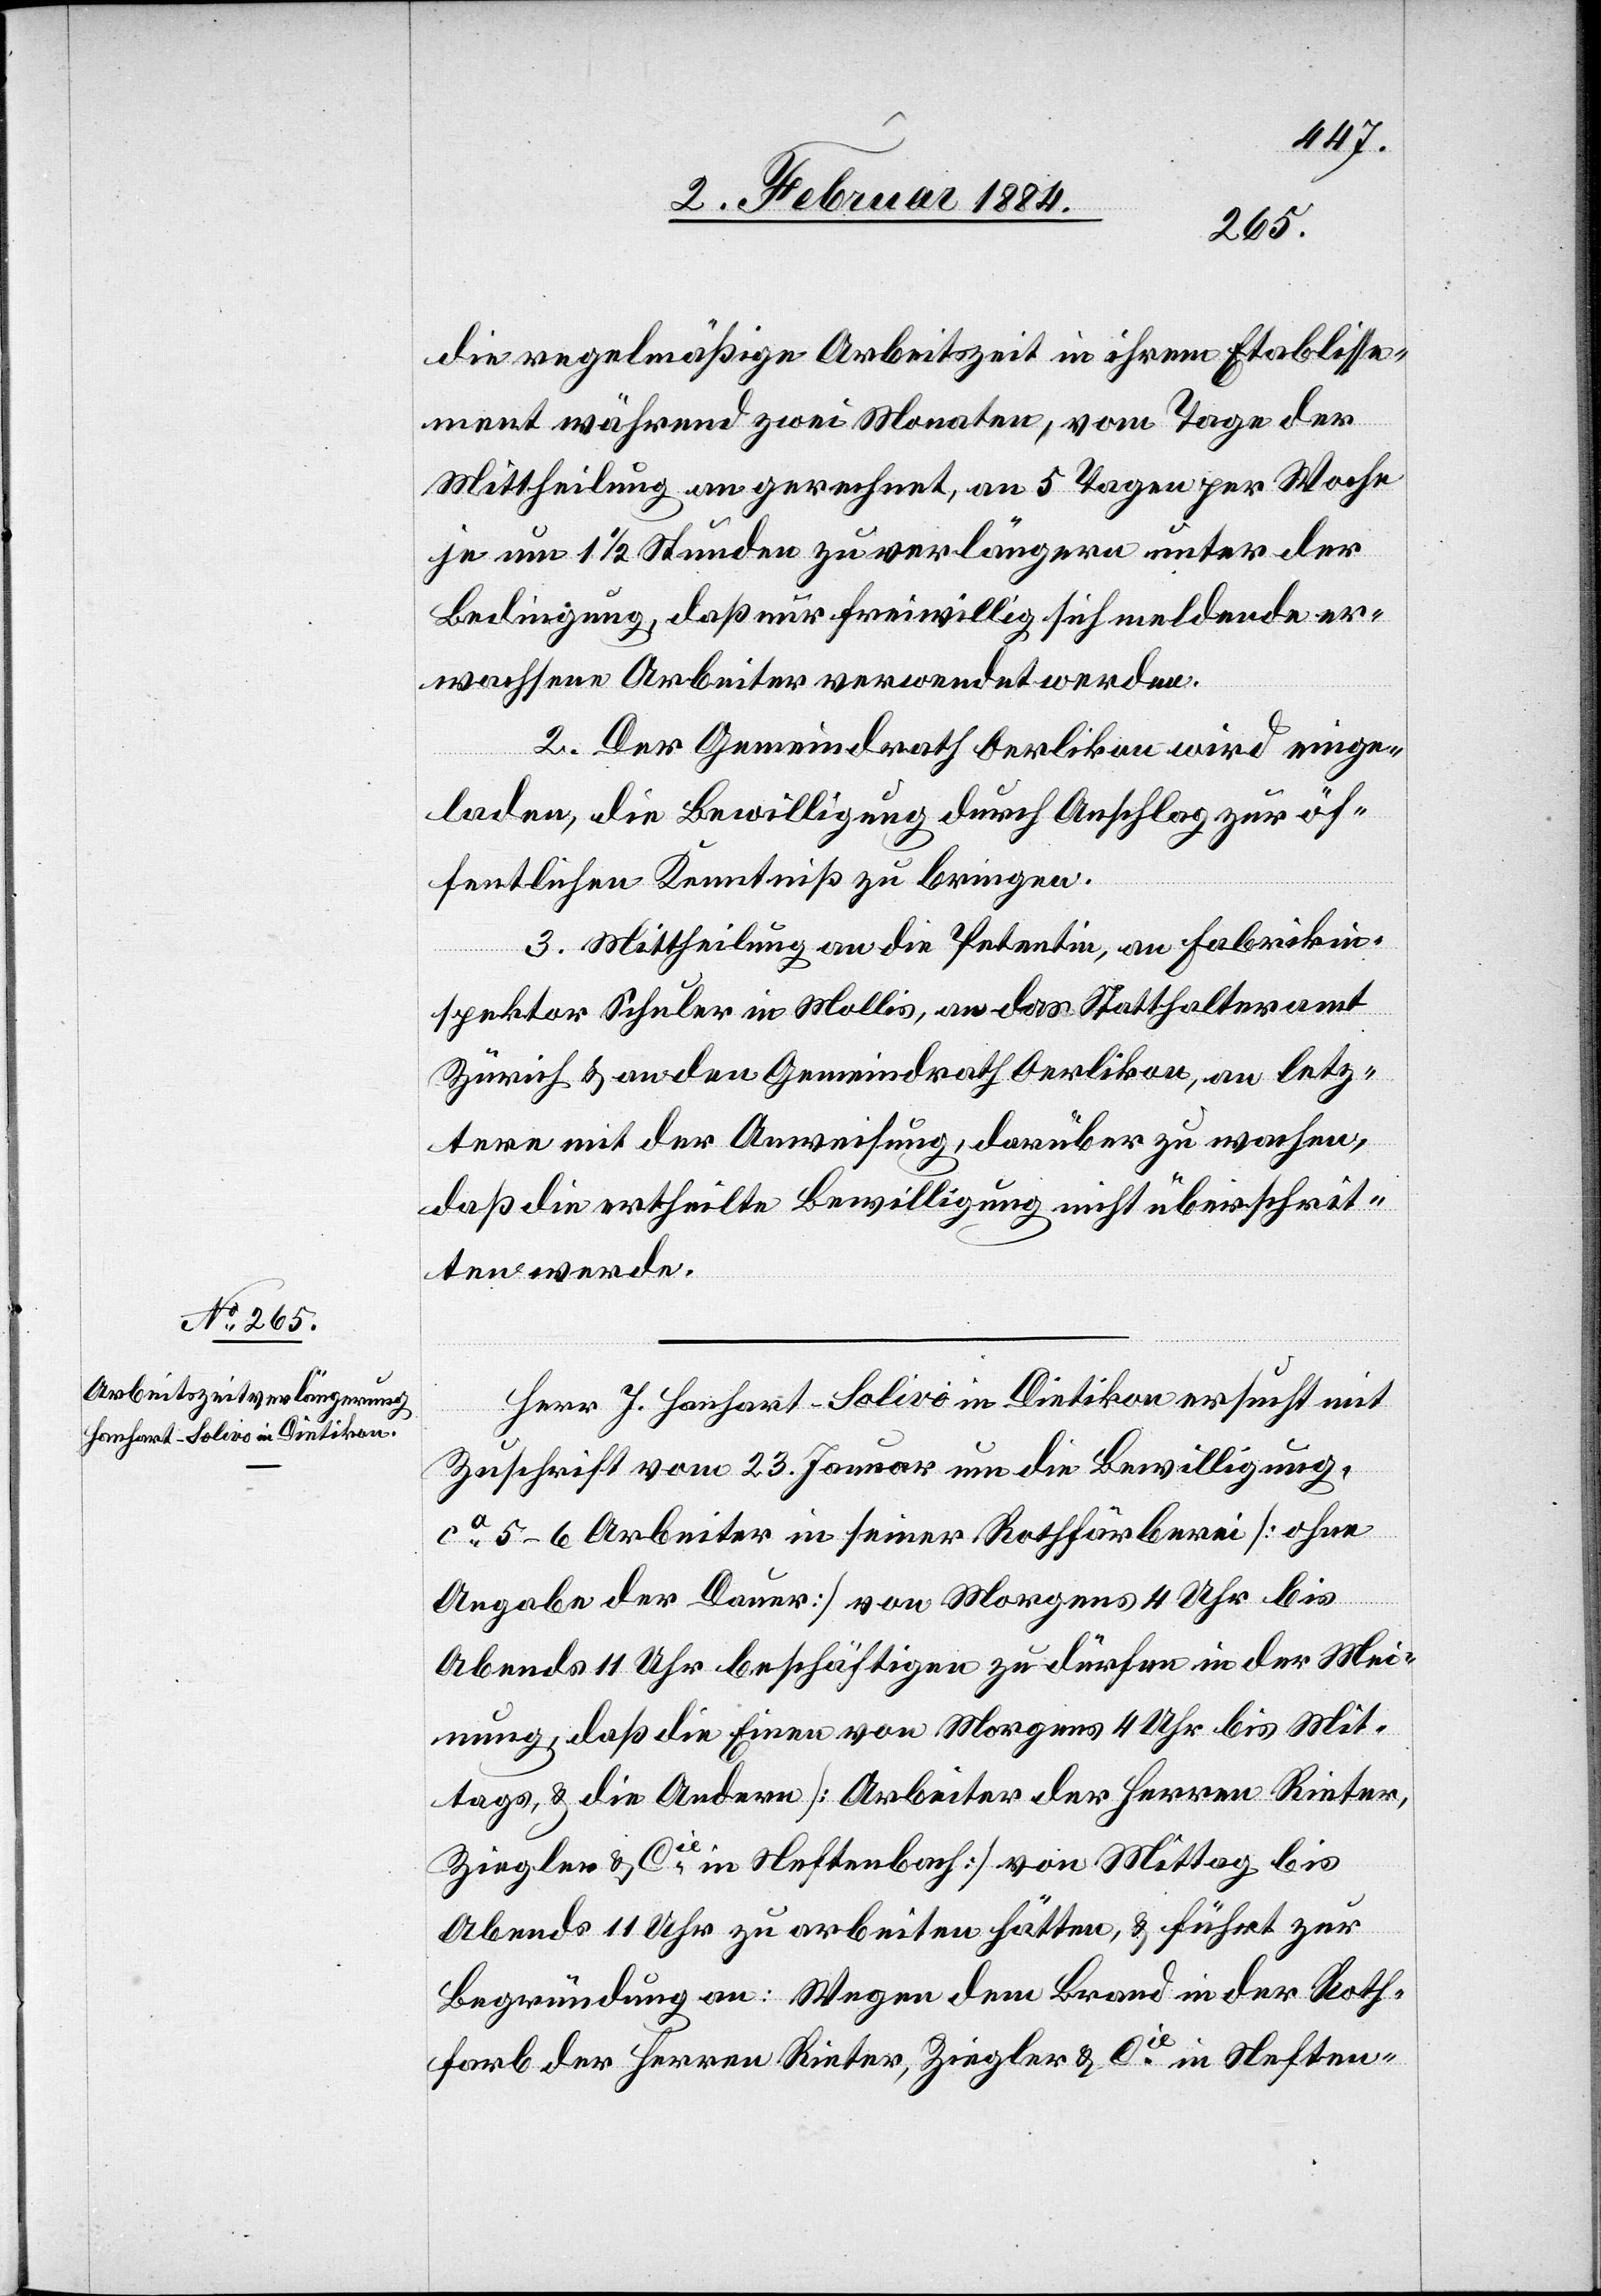
4. Februar 1884.]
die regelmäßige Arbeitszeit in ihrem Etablisse¬
ment während zwei Monaten, vom Tage der
Mittheilung an gerechnet, an 5 Tagen per Woche
je um 1 1/2 Stunden zu verlängern unter der
Bedingung, daß nur freiwillig sich meldende er¬
wachsene Arbeiter verwendet werden.
2. Der Gemeindrath Oerlikon wird einge¬
laden, die Bewilligung durch Anschlag zur öf¬
fentlichen Kenntniß zu bringen.
3. Mittheilung an die Petentin, an Fabrikin¬
spektor Schuler in Mollis, an das Statthalteramt
Zürich & an den Gemeindrath Oerlikon, an letz¬
tere mit der Anweisung, darüber zu wachen,
daß die ertheilte Bewilligung nicht überschrit¬
ten werde.
Herr J. Hanhart-Solivo in Dietikon ersucht mit
Zuschrift vom 23. Januar um die Bewilligung,
ca 5–6 Arbeiter in seiner Rothfärberei [ohne
farb
Angabe der Dauer] von Morgens 4 Uhr bis
Abends 11 Uhr beschäftigen zu dürfen in der Mei¬
nung, daß die Einen von Morgens 4 Uhr bis Mit¬
tags, & die Anderen [Arbeiter der Herren Rieter,
Ziegler & Cie in Neftenbach] von Mittags bis
Abends 11 Uhr zu arbeiten hätten, & führt zur
Begründung an: Wegen dem Brand in der Roth¬
[sic!] der Herren Rieter, Ziegler & Cie in Neften-